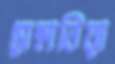
সেহাবিয়া